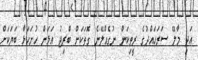
އަދި މާލޭ ސަރަހައްދުގެ ރީތިކަން ނުގެއްލޭނެ ގޮތަކަށް ބްރިޖު އަޅަން ހުށަހަޅާ ބަޔަކަށް